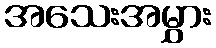
အသေးအမွှား